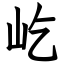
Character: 屹